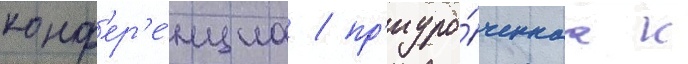
конф'ер'е́нциа / пр'иуро́ченнаа к